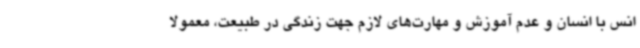
انس با انسان و عدم آموزش و مهارت‌های لازم جهت زندگی در طبیعت، معمولاً